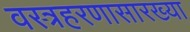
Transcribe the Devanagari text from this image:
वस्त्रहरणासारख्या